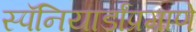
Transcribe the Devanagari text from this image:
स्पॅनियार्डांप्रमाणे